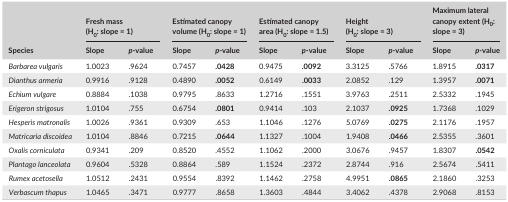
| <ROWSPAN=2> Species | <COLSPAN=2> Fresh mass (H0: slope = 1) | <COLSPAN=2> Estimated canopy volume (H0: slope = 1) | <COLSPAN=2> Estimated canopy area (H0: slope = 1.5) | <COLSPAN=2> Height (H0: slope = 3) | <COLSPAN=2> Maximum lateral canopy extent (H0: slope = 3) |
 | Slope | p‐value | Slope | p‐value | Slope | p‐value | Slope | p‐value | Slope | p‐value |
 | --- | --- | --- | --- | --- | --- | --- | --- | --- | --- | --- |
 | Barbarea vulgaris | 1.0023 | .9624 | 0.7457 | .0428 | 0.9475 | .0092 | 3.3125 | .5766 | 1.8915 | .0317 |
 | Dianthus armeria | 0.9916 | .9128 | 0.4890 | .0052 | 0.6149 | .0033 | 2.0852 | .129 | 1.3957 | .0071 |
 | Echium vulgare | 0.8884 | .1038 | 0.9795 | .8633 | 1.2716 | .1551 | 3.9763 | .2511 | 2.5332 | .1945 |
 | Erigeron strigosus | 1.0104 | .755 | 0.6754 | .0801 | 0.9414 | .103 | 2.1037 | .0925 | 1.7368 | .1029 |
 | Hesperis matronalis | 1.0026 | .9361 | 0.9309 | .653 | 1.1046 | .1276 | 5.0769 | .0275 | 2.1176 | .1957 |
 | Matricaria discoidea | 1.0104 | .8846 | 0.7215 | .0644 | 1.1327 | .1004 | 1.9408 | .0466 | 2.5355 | .3601 |
 | Oxalis corniculata | 0.9341 | .209 | 0.8520 | .4552 | 1.1062 | .2000 | 3.0676 | .9457 | 1.8307 | .0542 |
 | Plantago lanceolata | 0.9604 | .5328 | 0.8864 | .589 | 1.1524 | .2372 | 2.8744 | .916 | 2.5674 | .5411 |
 | Rumex acetosella | 1.0512 | .2431 | 0.9554 | .8392 | 1.1462 | .2758 | 4.9951 | .0865 | 2.1860 | .3253 |
 | Verbascum thapus | 1.0465 | .3471 | 0.9777 | .8658 | 1.3603 | .4844 | 3.4062 | .4378 | 2.9068 | .8153 |